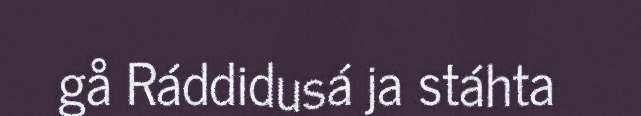
gå Ráddidusá ja stáhta